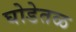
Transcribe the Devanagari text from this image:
घोडेतळ